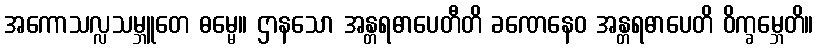
အကောသလ္လသမ္ဘူတေ ဓမ္မေ။ ဌာနသော အန္တရဓာပေတီတိ ခဏေနေဝ အန္တရဓာပေတိ ဝိက္ခမ္ဘေတိ။